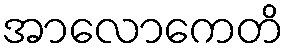
အာလောကေတိ